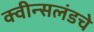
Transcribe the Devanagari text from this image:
क्वीन्सलंडचे